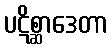
ပဋိစ္ဆာဒေတာ